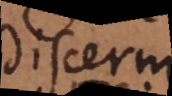
discerni.